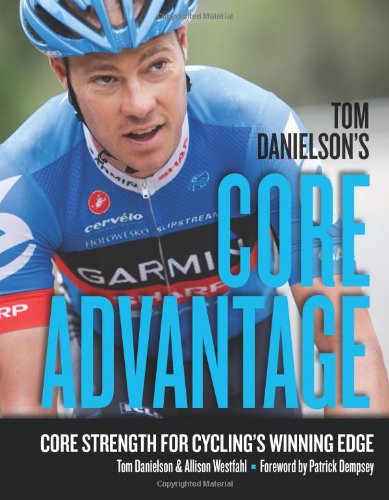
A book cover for Tom Danielson's Core Advantage: Core Strength for Cycling's Winning Edge; Tom Danielson; Sports & Outdoors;